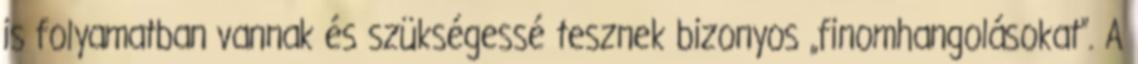
is folyamatban vannak és szükségessé tesznek bizonyos „finomhangolásokat”. A